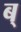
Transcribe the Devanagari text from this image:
ब्‌